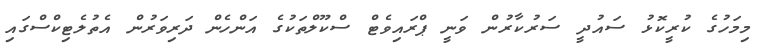
މިމަހުގެ ކުރީކޮޅު ސައުދީ ސަރުކާރުން ވަނީ ޕްރައިވެޓް ސްކޫލްތަކުގެ އަންހެން ދަރިވަރުން އެތުލެޓިކްސްގައި